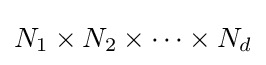
N_{1}\times N_{2}\times \cdots \times N_{d}